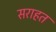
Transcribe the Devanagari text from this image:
सराहत